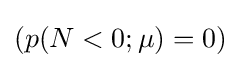
(p(N<0;\mu )=0)